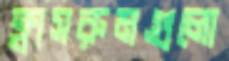
ক্লাসরুমগুলো